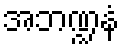
အဘဏ္ဍနံ